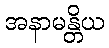
အနာမန္တိယ